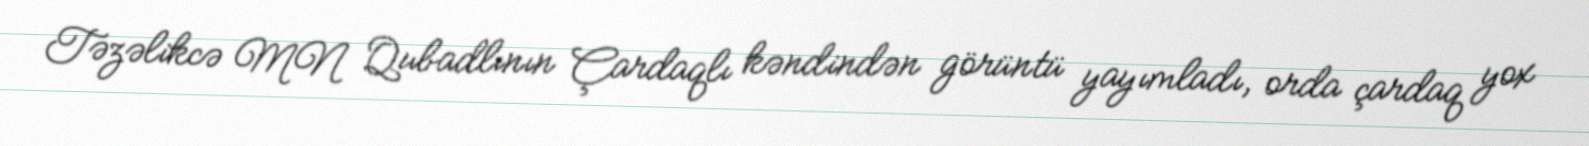
Təzəlikcə MN Qubadlının Çardaqlı kəndindən görüntü yayımladı, orda çardaq yox